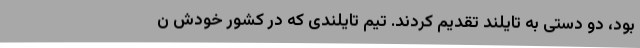
بود، دو دستی به تایلند تقدیم کردند. تیم تایلندی که در کشور خودش ن